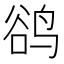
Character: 鹆